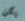
يكن